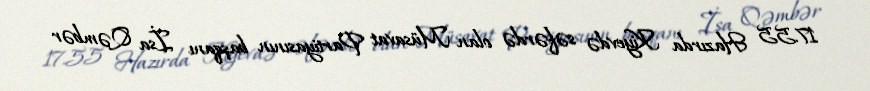
17.55 Hazırda Kiyevdə səfərdə olan Müsavat Partiyasının başqanı İsa Qəmbər